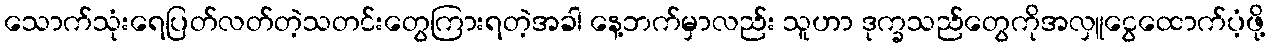
သောက်သုံးရေပြတ်လတ်တဲ့သတင်းတွေကြားရတဲ့အခါ နေ့ဘက်မှာလည်း သူဟာ ဒုက္ခသည်တွေကိုအလှူငွေထောက်ပံ့ဖို့